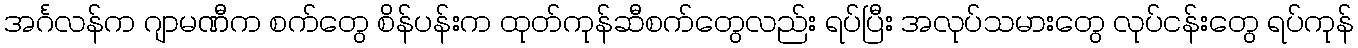
အင်္ဂလန်က ဂျာမဏီက စက်တွေ စိန်ပန်းက ထုတ်ကုန်ဆီစက်တွေလည်း ရပ်ပြီး အလုပ်သမားတွေ လုပ်ငန်းတွေ ရပ်ကုန်